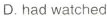
D.had watched